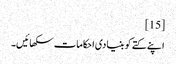
[15]
اپنے کتے کو بنیادی احکامات سکھائیں۔